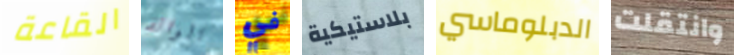
القاعة الوالد في بلاستيكية الدبلوماسي وانتقلت